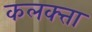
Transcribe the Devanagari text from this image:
कलक्‍त्ता